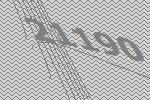
21190